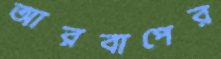
আরবাপের